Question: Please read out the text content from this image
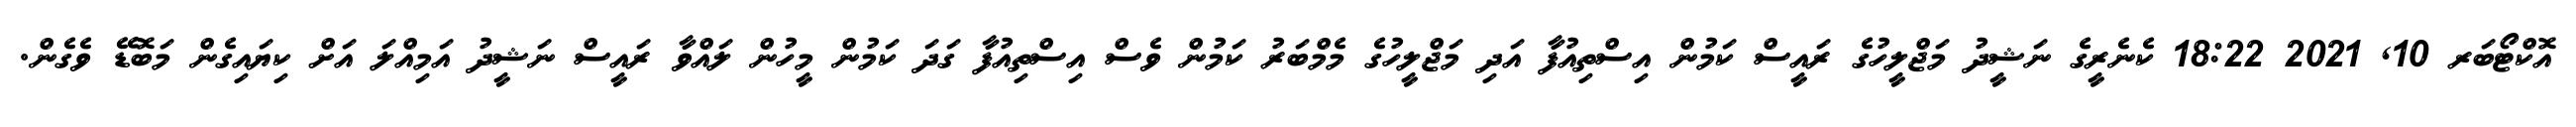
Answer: އޮކްޓޯބަރ 10, 2021 18:22 ކެނެރީގެ ނަޝީދު މަޖްލީހުގެ ރައީސް ކަމުން އިސްތިއުފާ އަދި މަޖްލީހުގެ މެމްބަރު ކަމުން ވެސް އިސްތިއުފާ ގަދަ ކަމުން މީހުން ލައްވާ ރައީސް ނަޝީދު އަމިއްލަ އަށް ކިޔައިގެން މަބޮޑޭ ވެގެން.